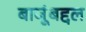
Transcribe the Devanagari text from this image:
बाजूंबद्दल